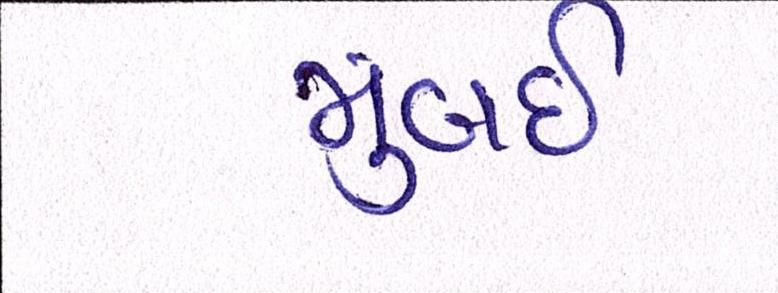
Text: મુંબઇઃ